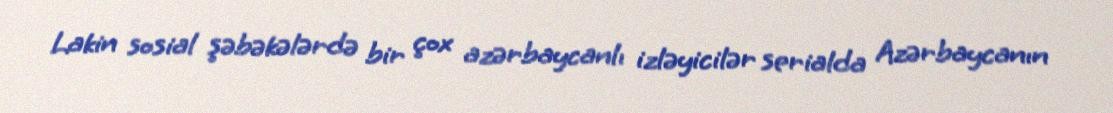
Lakin sosial şəbəkələrdə bir çox azərbaycanlı izləyicilər serialda Azərbaycanın